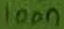
Text: 100n